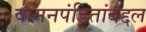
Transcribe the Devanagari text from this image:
वामनपंडितांबद्दल